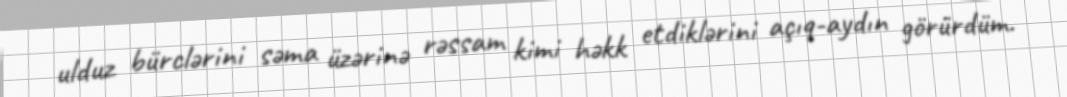
ulduz bürclərini səma üzərinə rəssam kimi həkk etdiklərini açıq-aydın görürdüm.